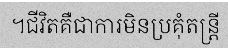
។ជីវិតគឺជាការមិនប្រគុំតន្ត្រី